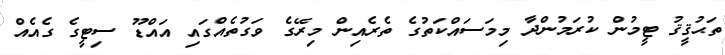
ތަޙުޤީޤު ޓީމުން ކުރަމުންދާ މިމަސައްކަތުގެ ތެރެއިން މިރޭގެ ވަގުތެއްގައި އައްޑޫ ސިޓީގެ ގެއެއް